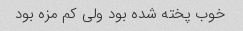
خوب پخته شده بود ولی کم مزه بود